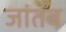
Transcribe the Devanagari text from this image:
जांतब